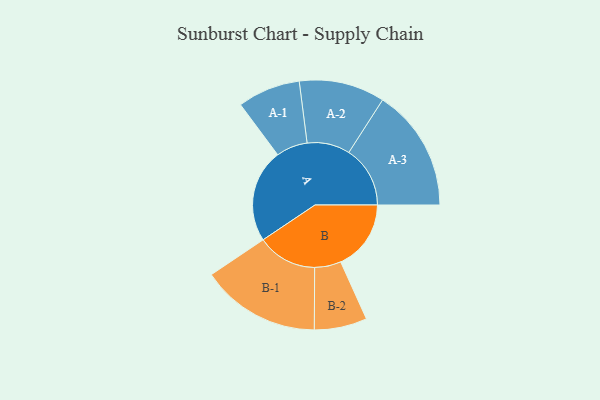
{"axis": {"x": "Segment", "y": "Value"}, "legend": ["", "A", "B"], "data": [{"x": "A", "y": 425, "type": ""}, {"x": "B", "y": 320, "type": ""}, {"x": "A-1", "y": 143, "type": "A"}, {"x": "A-2", "y": 195, "type": "A"}, {"x": "A-3", "y": 279, "type": "A"}, {"x": "B-1", "y": 272, "type": "B"}, {"x": "B-2", "y": 120, "type": "B"}]}